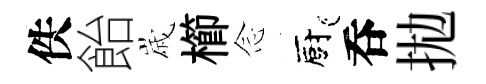
佚飴𡻕櫛𫝹廚呑拋